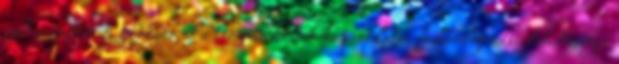
Az építészeti örökség és a társművészetek kapcsolata, feldolgozási lehetőségei